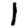
Digit: 1